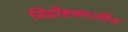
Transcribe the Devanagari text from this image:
विद्रोहकालीन